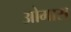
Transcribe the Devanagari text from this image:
ओमास